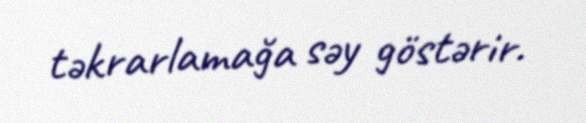
təkrarlamağa səy göstərir.